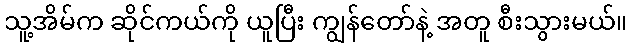
သူ့အိမ်က ဆိုင်ကယ်ကို ယူပြီး ကျွန်တော်နဲ့ အတူ စီးသွားမယ်။